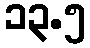
၁၃.၅